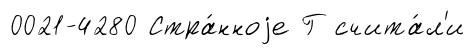
0021-4280 Стра́нноjе Г счита́л'и